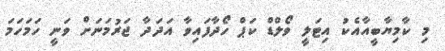
މި ކާމިޔާބީއާއެކު އިޓަލީ ވޯލްޑް ކަޕް ހޯދާފައިވާ އަދަދާ ޖަރުމަނަށް ވަނީ ހަމަަހަމަ